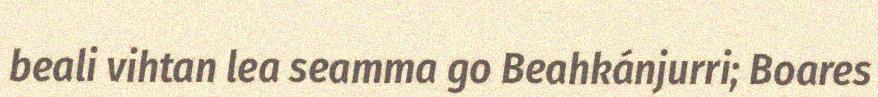
beali vihtan lea seamma go Beahkánjurri; Boares